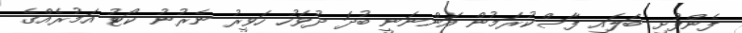
ފެންފުށި ބަލައި ފާސްކުރަމުން އަންނަނީ ބުދަ ދުވަހު ހަވީރު ނެރުނު ކޯޓު އަމުރެއްގެ